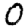
Digit: 0